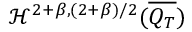
\mathcal { H } ^ { 2 + \beta , ( 2 + \beta ) / 2 } ( \overline { { Q _ { T } } } )